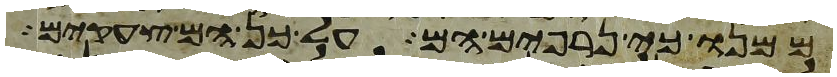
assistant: ממנו כי נרפים הם על כן הם צעקים